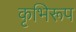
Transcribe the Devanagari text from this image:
कृभिरूप